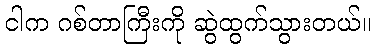
ငါက ဂစ်တာကြီးကို ဆွဲထွက်သွားတယ်။